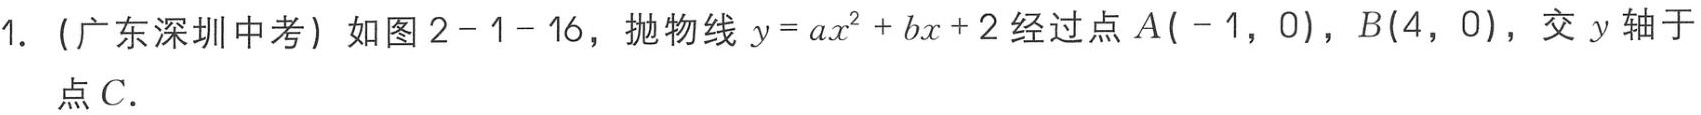
1. (广东深圳中考) 如图2 - 1 - 16，抛物线\(y = ax^{2}+bx + 2\)经过点\(A(-1,0)\)，\(B(4,0)\)，交\(y\)轴于点\(C\).